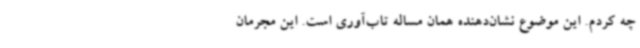
چه کردم. این موضوع نشان‌دهنده همان مساله تاب‌آوری است. این مجرمان